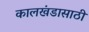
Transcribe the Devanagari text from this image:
कालखंडासाठी